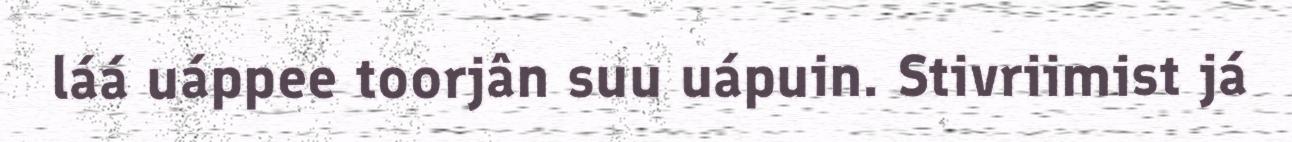
láá uáppee toorjân suu uápuin. Stivriimist já